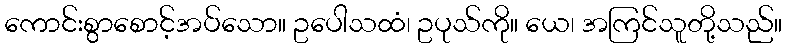
ကောင်းစွာစောင့်အပ်သော။ ဥပေါသထံ၊ ဥပုသ်ကို။ ယေ၊ အကြင်သူတို့သည်။